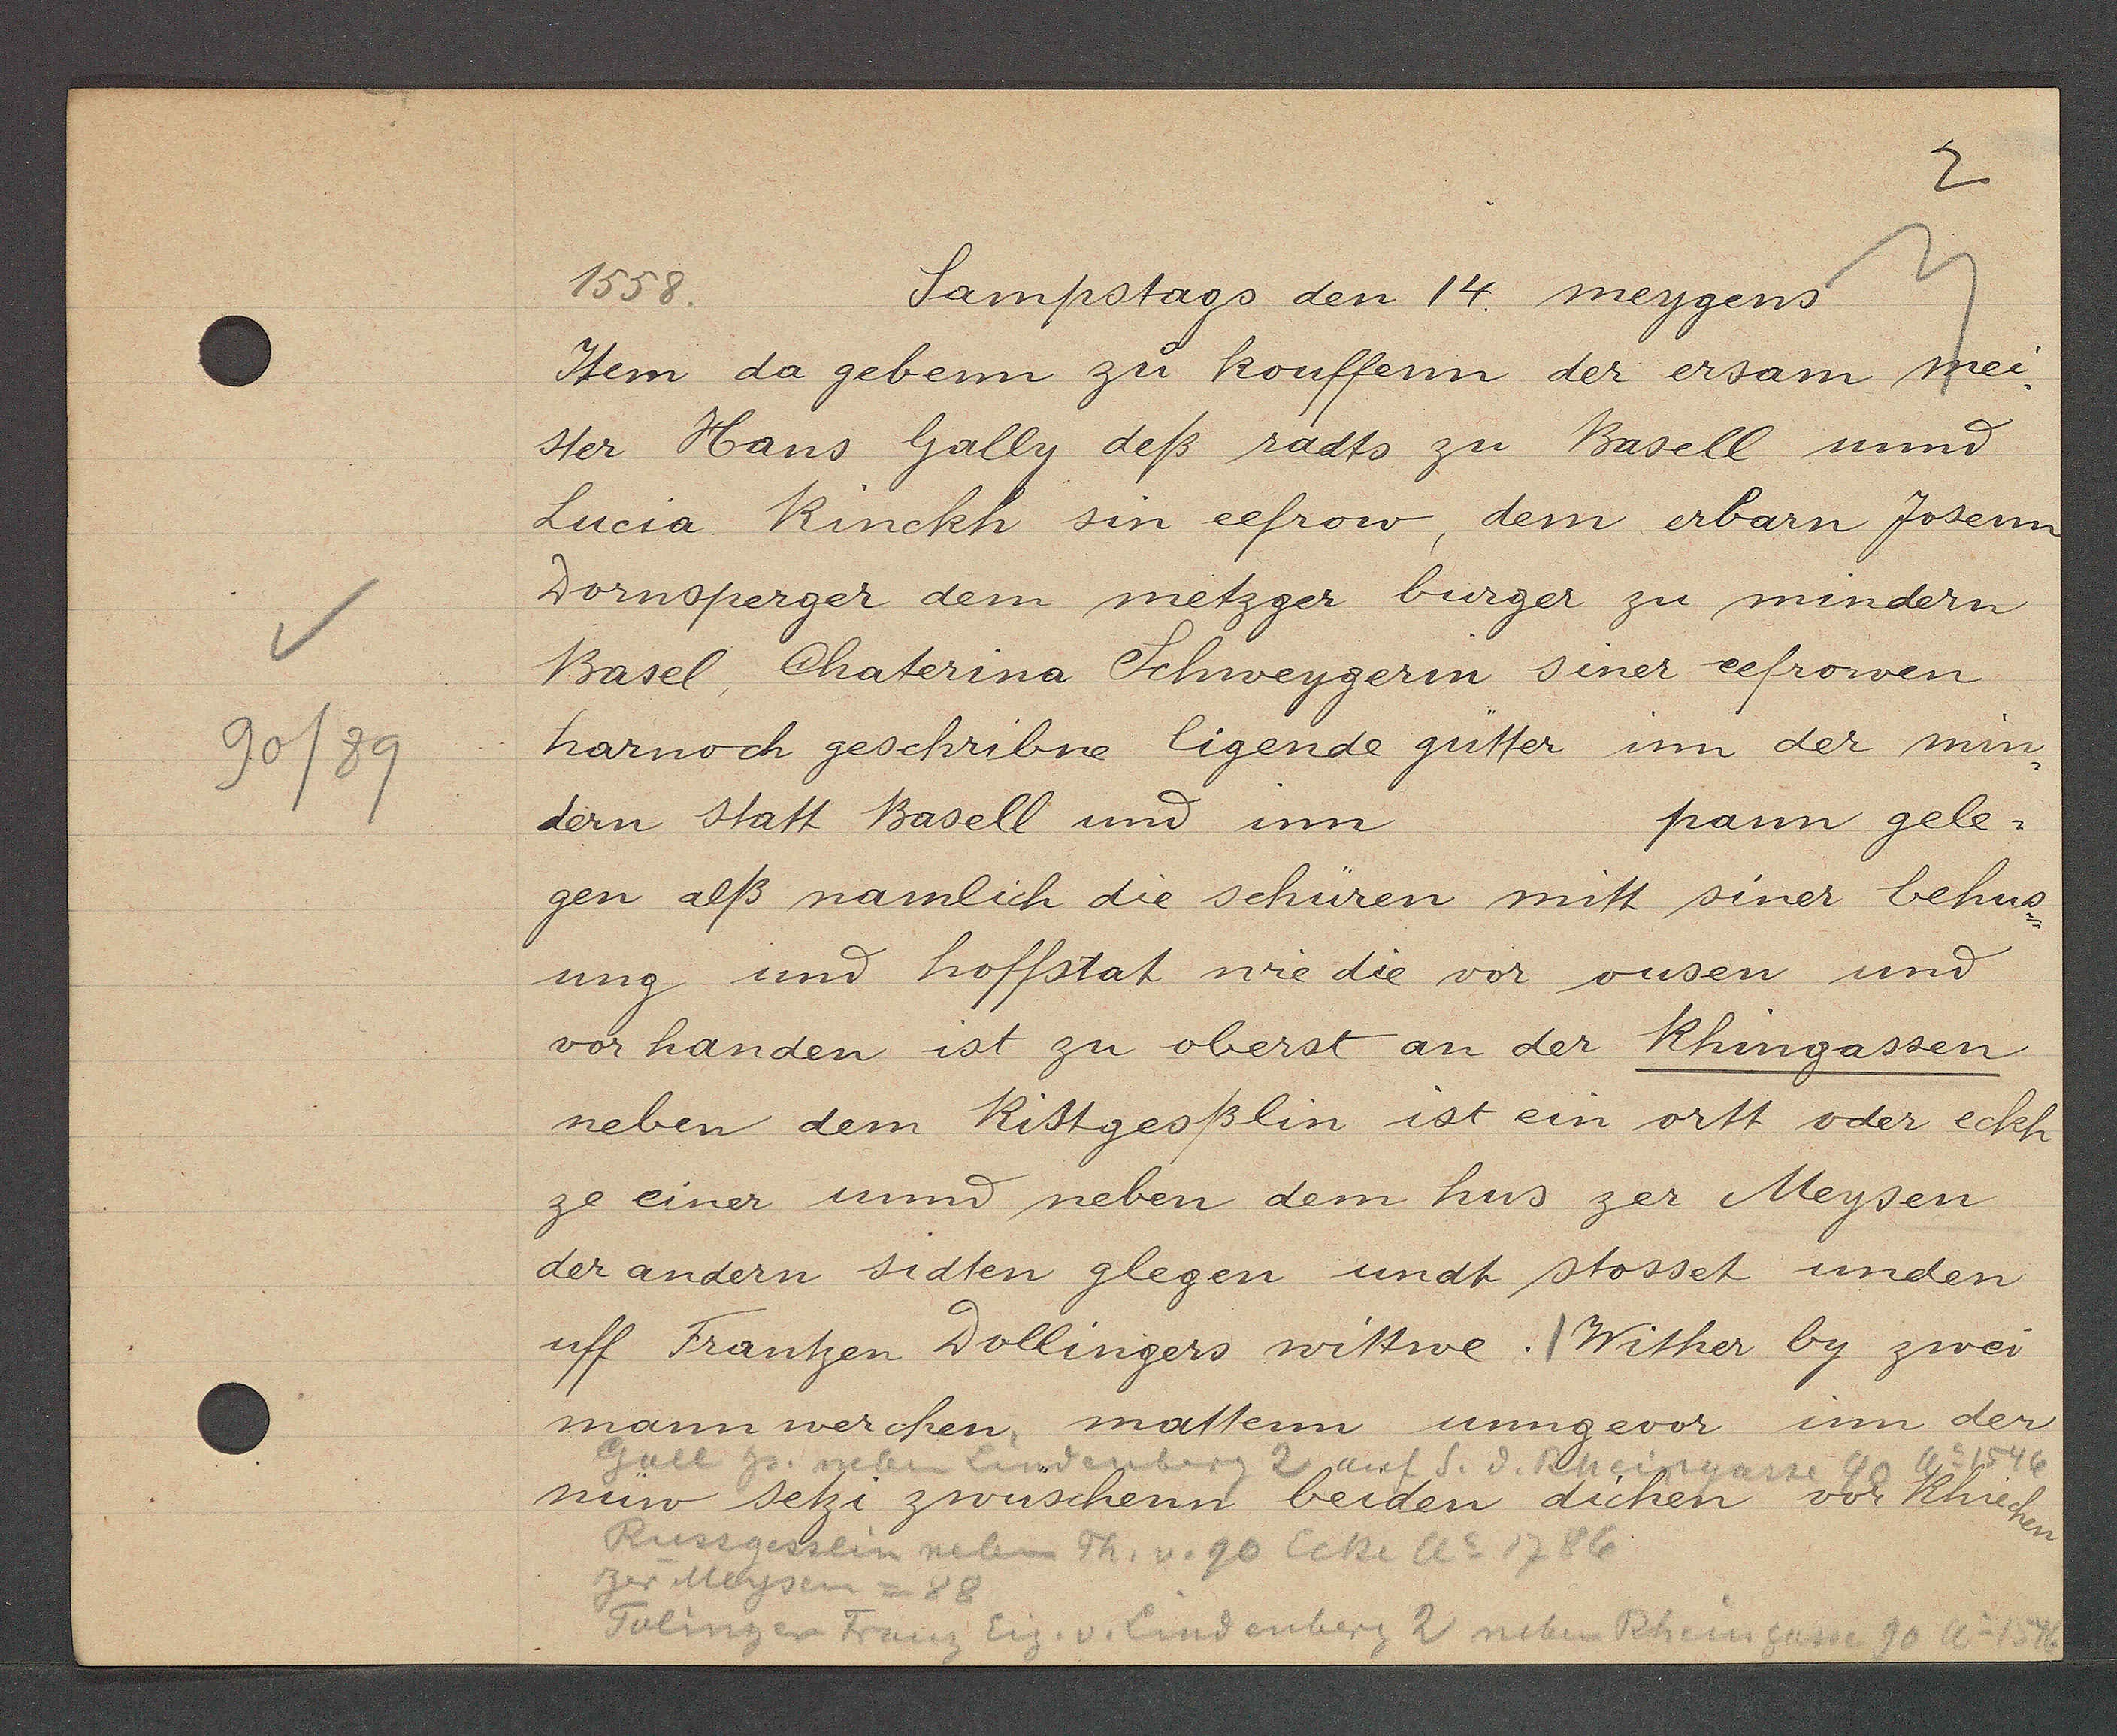
Transcript:
90/89

1558.
Sampstags den 14 meygens

Item da gebenn zu kouffenn der ersam mei¬
ster Hans Gally deß radts zu Basell und
Lucia Rinckh sin eefrow, dem erbarn Josenn
Dornsperger dem metzger burger zu mindern
Basel, Chaterina Schweygerin siner eefrowen
harnoch geschribne ligende gütter inn der min¬
dern statt Basell und inn
pann gele¬
gen alß namlich die schüren mitt siner behus¬
ung und hoffstat wie die vor ousen und
vor handen ist zu oberst an der Rhingassen
neben dem Rittgesslin ist ein ortt oder eckh
ze einer unnd neben dem hus zer Meysen
der andern sidten glegen undt stosset unden
uff Frantzen Dollingers wittwe. / Wither by zwei
mann werchen mattenn ungevor inn der
nüw setzi zwüschenn beiden dicken vor Rhiechen

Gall hs. neben Lindenberg 2 auf S. d. Rheingasse 40 ao 1546
Russgesslin neben Th. v. 90 Ecke Ao 1786
zer Meysen = 88
Tolingen Franz Eig. v. Lindenberg 2 neben Rheingasse 30 Ao 1546